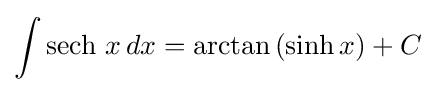
\int \operatorname {sech} \,x\,dx=\arctan \,(\sinh x)+C